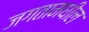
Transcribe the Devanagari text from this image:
जगतामधील